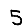
Digit: 5